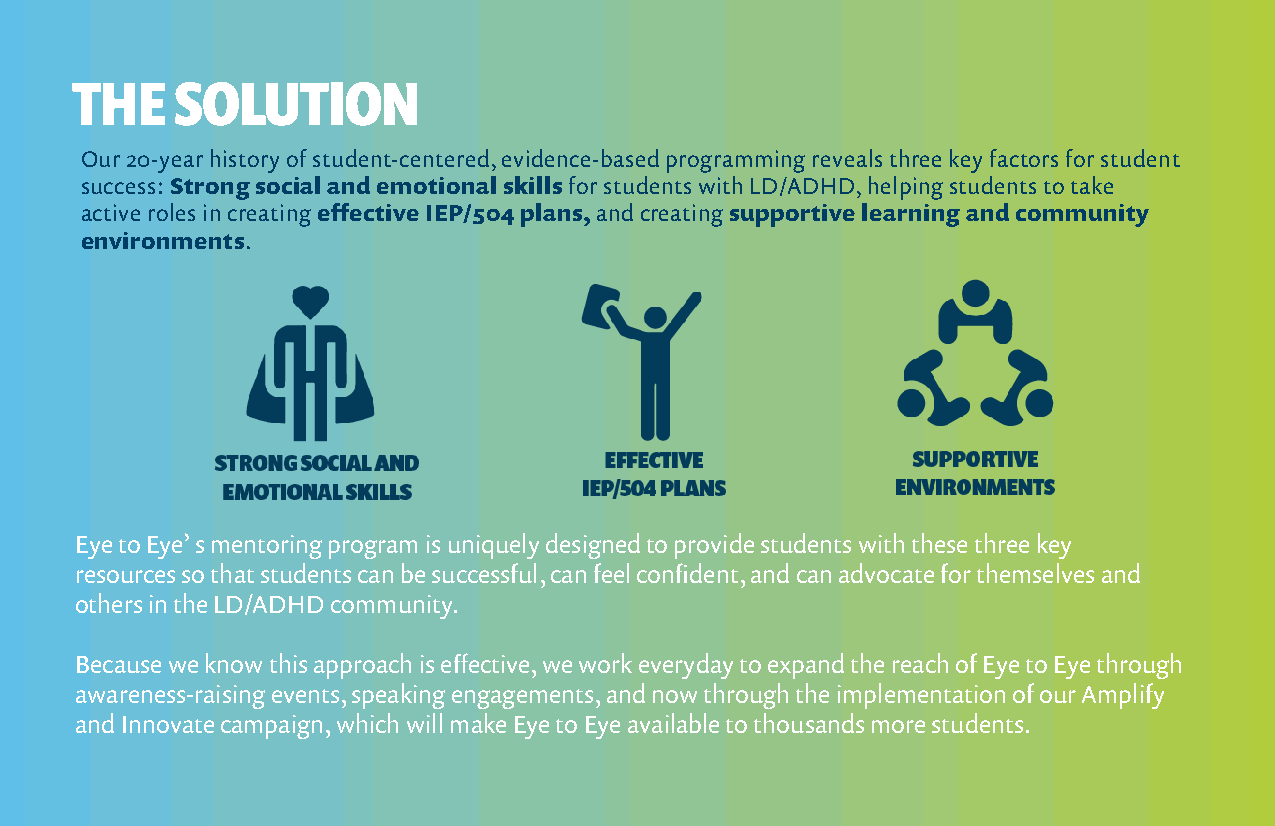
THE    SOLUTION
 Our 20-year history of student-centered, evidence-based programming reveals three key factors for student
 success: Strong social and emotional skills for students with LD/ADHD, helping students to take
 active roles in creating effective IEP/504 plans, and creating supportive learning and community
 environments.
 Eye to Eye’ s mentoring program is uniquely designed to provide students with these three key
 resources so that students can be successful, can feel confident, and can advocate for themselves and
 others in the LD/ADHD community.
 Because we know this approach is effective, we work everyday to expand the reach of Eye to Eye through
 awareness-raising events, speaking engagements, and now through the implementation of our Amplify
 and Innovate campaign, which will make Eye to Eye available to thousands more students.